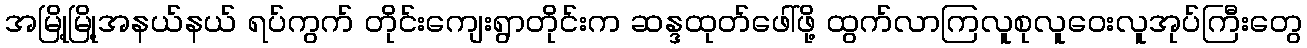
အမြို့မြို့အနယ်နယ် ရပ်ကွက် တိုင်းကျေးရွာတိုင်းက ဆန္ဒထုတ်ဖေါ်ဖို့ ထွက်လာကြလူစုလူဝေးလူအုပ်ကြီးတွေ